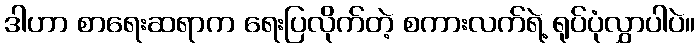
ဒါဟာ စာရေးဆရာက ရေးပြလိုက်တဲ့ စကားလက်ရဲ့ ရုပ်ပုံလွှာပါပဲ။